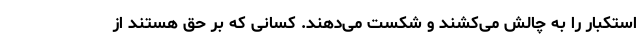
استکبار را به چالش می‌کشند و شکست می‌دهند. کسانی که بر حق هستند از